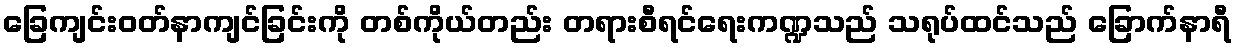
ခြေကျင်းဝတ်နာကျင်ခြင်းကို တစ်ကိုယ်တည်း တရားစီရင်ရေးကဏ္ဍသည် သရုပ်ထင်သည် ခြောက်နာရီ